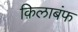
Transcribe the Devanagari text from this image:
क़िलाबंफ